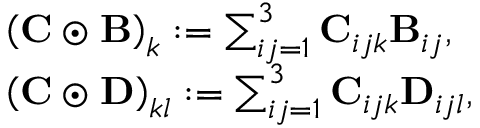
\begin{array} { r l } { \displaystyle } & { \left( \mathbf { C } \odot \mathbf { B } \right) _ { k } : = \sum _ { i j = 1 } ^ { 3 } \mathbf { C } _ { i j k } \mathbf { B } _ { i j } , } \\ { \displaystyle } & { \left( \mathbf { C } \odot \mathbf { D } \right) _ { k l } : = \sum _ { i j = 1 } ^ { 3 } \mathbf { C } _ { i j k } \mathbf { D } _ { i j l } , } \end{array}